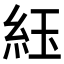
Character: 𬗈